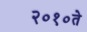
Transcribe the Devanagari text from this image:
२०१०ते